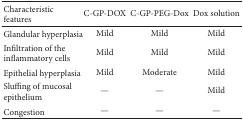
<table><thead><tr><td><b>Characteristic features</b></td><td><b>C-GP-DOX</b></td><td><b>C-GP-PEG-Dox</b></td><td><b>Dox solution</b></td></tr></thead><tbody><tr><td>Glandular hyperplasia</td><td>Mild</td><td>Mild</td><td>Mild</td></tr><tr><td>Infiltration of the inflammatory cells</td><td>Mild</td><td>Mild</td><td>Mild</td></tr><tr><td>Epithelial hyperplasia</td><td>Mild</td><td>Moderate</td><td>Mild</td></tr><tr><td>Sluffing of mucosal epithelium</td><td>—</td><td>—</td><td>Mild</td></tr><tr><td>Congestion</td><td>—</td><td>—</td><td>—</td></tr></tbody></table>